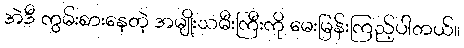
အဲဒီ ကွမ်းစားနေတဲ့ အမျိုးသမီးကြီးကို မေးမြန်းကြည့်ပါတယ်။